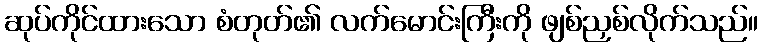
ဆုပ်ကိုင်ထားသော စံတုတ်၏ လက်မောင်းကြီးကို ဖျစ်ညှစ်လိုက်သည်။